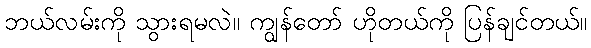
ဘယ်လမ်းကို သွားရမလဲ။ ကျွန်တော် ဟိုတယ်ကို ပြန်ချင်တယ်။